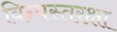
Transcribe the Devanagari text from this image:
विन्यस्तरक्षा